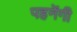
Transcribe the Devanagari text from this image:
पहनेंगी